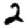
Digit: 2